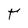
Character: t